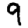
Digit: 9